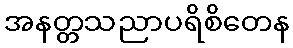
အနတ္တသညာပရိစိတေန